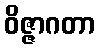
ဝိဇ္ဇာဂတာ